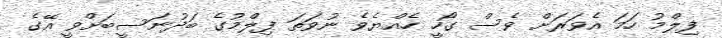
ފިލްމު ހަމަ އެވަރަށް ވެސް ގޯހީ ހެއްޔެވެ ނުވަތަ ފިލްމުގެ ބަދުނަސީބަށްވީ އޭގެ